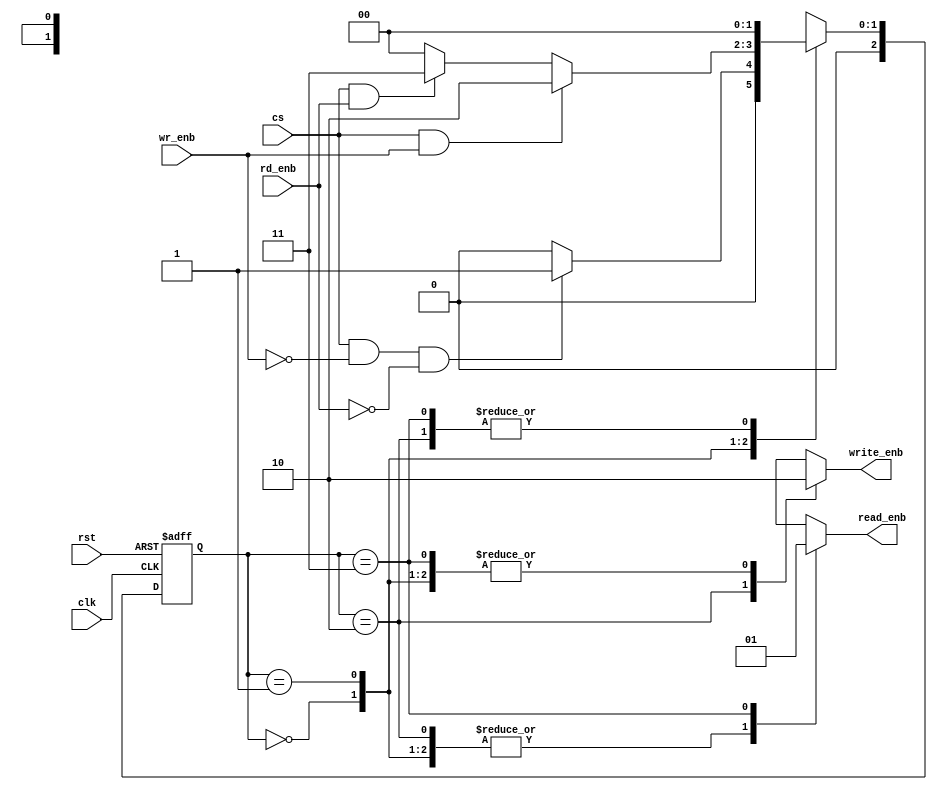
module memory_controller (
	input wire clk,
	input wire rst,
	input wire cs,
	input wire wr_enb,
	input wire rd_enb,
	output reg write_enb,
	output reg read_enb
);
	reg [2:0] pstate , nstate;

	parameter	IDLE			= 3'b000,
		  		WRITE_ACTIVE	= 3'b001,
				WRITE			= 3'b010,
				READ			= 3'b011

	;
	always@(*)begin:NSLOL
		begin:NSL
			case(pstate)
				IDLE	:	begin 
								nstate = (cs && !wr_enb && !rd_enb)? WRITE_ACTIVE : IDLE;
							end
										
		WRITE_ACTIVE	:	begin 
								nstate = ( cs && wr_enb)? WRITE : (cs && rd_enb)? READ : IDLE; 
							end		
		 	
				WRITE	: 	begin 
								nstate = IDLE;
							end
				READ	:
							begin 								
								nstate = IDLE;
							end
	
				default	:   nstate = 2'bxx;
			endcase 
		end:NSL

		begin:OL
			case(pstate)
				IDLE	:	begin 
								write_enb	= 0;
								read_enb	= 0;
							end
		WRITE_ACTIVE	:	begin 
								write_enb	= 0;
								read_enb	= 0;
							end		
				WRITE	:	begin 
							 	write_enb	= 1;
								read_enb	= 0;
							end
				READ	:	begin 
							 	write_enb	= 0;
								read_enb	= 1;
							end
				default	:	begin 
							 	write_enb	= 1'bx;
								read_enb	= 1'bx;
							end
			endcase 
		end:OL
	end:NSLOL
	
	always@(posedge clk or negedge rst)begin:PSR 
		if(!rst)begin 
			pstate <= IDLE; 
		end
		else begin 
			pstate <= nstate; 
		end
	end:PSR 

endmodule